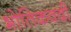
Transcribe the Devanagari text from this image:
भोतिकवदी